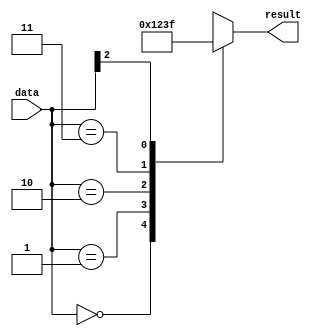
module casez_example(input [2:0] data,
                      output reg [3:0] result);

always @(*)
begin
    casez(data)
        3'b000: result = 4'b0000;   // If data is 000, result is set to 0000
        3'b001: result = 4'b0001;   // If data is 001, result is set to 0001
        3'b010: result = 4'b0010;   // If data is 010, result is set to 0010
        3'b011: result = 4'b0011;   // If data is 011, result is set to 0011
        3'b1??: result = 4'b1111;   // If data is either 100, 101, 110, or 111, result is set to 1111
    endcase
end

endmodule